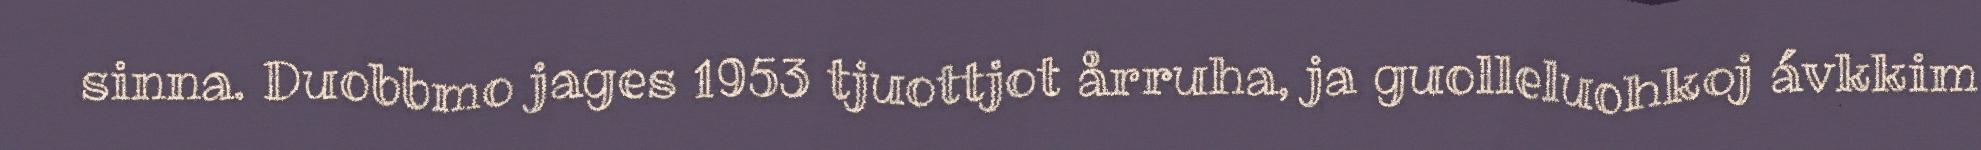
sinna. Duobbmo jages 1953 tjuottjot årruha, ja guolleluohkoj ávkkim